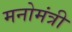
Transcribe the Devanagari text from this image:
मनोमंत्री